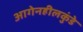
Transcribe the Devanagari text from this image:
आगेनहीलकुंडे